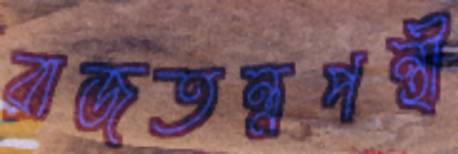
রাজতন্ত্রপন্থী